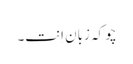
چو کہ زبان اِنت۔